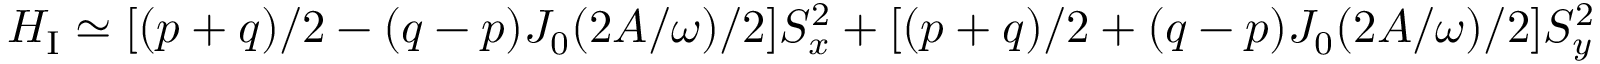
H _ { \mathrm { I } } \simeq [ ( p + q ) / 2 - ( q - p ) J _ { 0 } ( 2 A / \omega ) / 2 ] S _ { x } ^ { 2 } + [ ( p + q ) / 2 + ( q - p ) J _ { 0 } ( 2 A / \omega ) / 2 ] S _ { y } ^ { 2 }